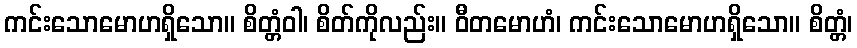
ကင်းသောမောဟရှိသော။ စိတ္တံဝါ၊ စိတ်ကိုလည်း။ ဝီတမောဟံ၊ ကင်းသောမောဟရှိသော။ စိတ္တံ၊